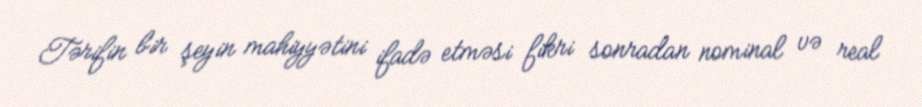
Tərifin bir şeyin mahiyyətini ifadə etməsi fikri sonradan nominal və real